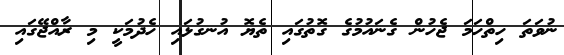
ނުވަތަ ހިތްހަމަ ޖެހުން ގެނައުމުގެ ގޮތުގައި ތެޔޮ އުނގުޅައި ހެދުމަކީ މި ރާއްޖޭގައި